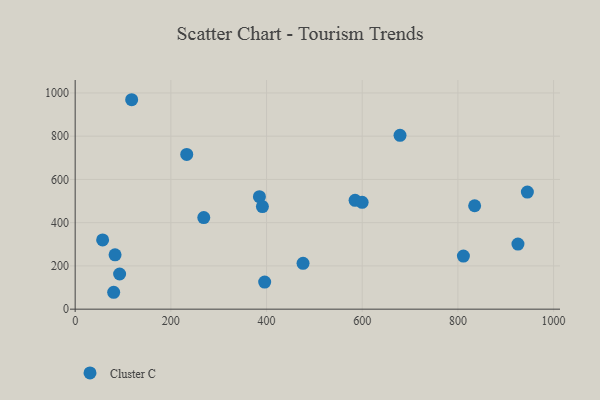
{"axis": {"x": "Ad Spend", "y": "Rating"}, "legend": ["Cluster C"], "data": [{"x": "118.1", "y": 968.6, "type": "Cluster C"}, {"x": "83.4", "y": 251.4, "type": "Cluster C"}, {"x": "925.5", "y": 301.0, "type": "Cluster C"}, {"x": "268.8", "y": 423.4, "type": "Cluster C"}, {"x": "92.9", "y": 162.7, "type": "Cluster C"}, {"x": "835.0", "y": 478.3, "type": "Cluster C"}, {"x": "945.2", "y": 541.6, "type": "Cluster C"}, {"x": "679.0", "y": 804.0, "type": "Cluster C"}, {"x": "811.5", "y": 245.4, "type": "Cluster C"}, {"x": "385.1", "y": 520.3, "type": "Cluster C"}, {"x": "585.1", "y": 503.5, "type": "Cluster C"}, {"x": "599.8", "y": 494.0, "type": "Cluster C"}, {"x": "476.3", "y": 212.0, "type": "Cluster C"}, {"x": "57.4", "y": 320.2, "type": "Cluster C"}, {"x": "396.1", "y": 125.1, "type": "Cluster C"}, {"x": "391.4", "y": 474.5, "type": "Cluster C"}, {"x": "80.5", "y": 78.1, "type": "Cluster C"}, {"x": "233.2", "y": 715.7, "type": "Cluster C"}]}